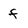
Character: f